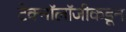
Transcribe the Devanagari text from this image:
टेक्नॉलॉजीकडून